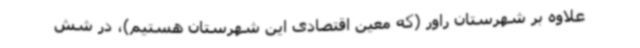
علاوه بر شهرستان راور (که معین اقتصادی این شهرستان هستیم)، در شش